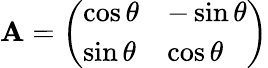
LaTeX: \mathbf{A}={\left(\begin{array}{ll}{\cos\theta}&{-\sin\theta}\\ {\sin\theta}&{\cos\theta}\end{array}\right)}